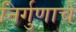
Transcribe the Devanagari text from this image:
निर्गुणाचे